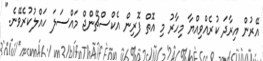
އޭރުން އިރާދަ ކުރެއްވިއްޔާ މިހާރު މި އޮތް ފޮރިން އެކްސްޗޭންޖް މައްސަލަ ހައްލުކުރެވޭނެ."